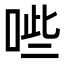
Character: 𭈐